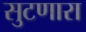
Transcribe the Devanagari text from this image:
सुटणारा